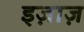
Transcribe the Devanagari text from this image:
इज़ाज़